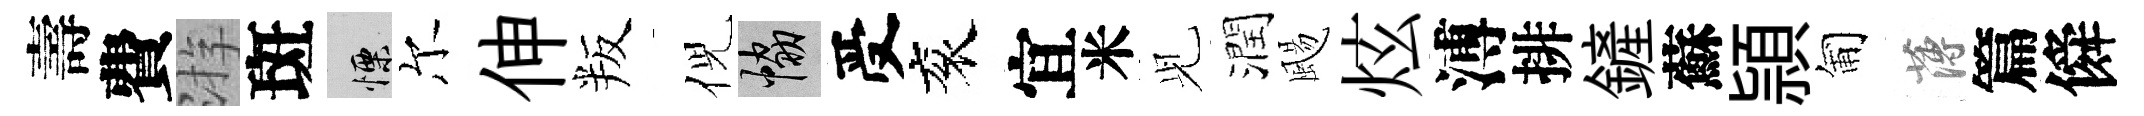
壽費㳺斑慄尔伸叛倪協受衮宜米𫤗潤颺炫溥排鏟蘇頴匍薄篇僢